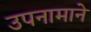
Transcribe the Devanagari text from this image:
उपनामाने